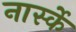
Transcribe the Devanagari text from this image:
नार्स्के